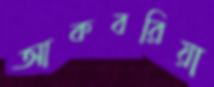
আকবরিয়া